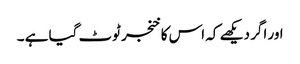
اور اگر دیکھے کہ اس کا خنجر ٹوٹ گیا ہے ۔